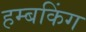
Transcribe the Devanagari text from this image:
हम्बकिंग